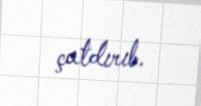
çatdırıb.